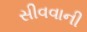
સીવવાની